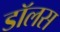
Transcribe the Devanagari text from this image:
डॉलस